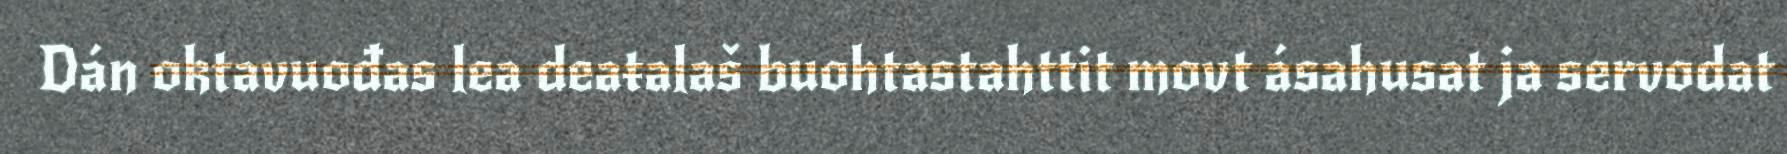
Dán oktavuođas lea deaŧalaš buohtastahttit movt ásahusat ja servodat